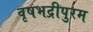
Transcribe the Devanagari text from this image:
वृषभद्रीपुरम